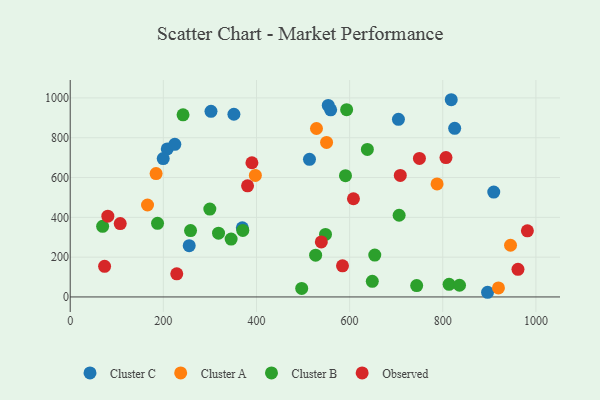
{"axis": {"x": "Price", "y": "Exam Score"}, "legend": ["Cluster A", "Cluster B", "Cluster C", "Observed"], "data": [{"x": "351.5", "y": 918.1, "type": "Cluster C"}, {"x": "208.4", "y": 743.8, "type": "Cluster C"}, {"x": "825.6", "y": 847.3, "type": "Cluster C"}, {"x": "896.2", "y": 23.5, "type": "Cluster C"}, {"x": "513.8", "y": 691.6, "type": "Cluster C"}, {"x": "909.5", "y": 527.2, "type": "Cluster C"}, {"x": "704.8", "y": 892.4, "type": "Cluster C"}, {"x": "554.1", "y": 962.5, "type": "Cluster C"}, {"x": "224.6", "y": 767.0, "type": "Cluster C"}, {"x": "559.3", "y": 940.4, "type": "Cluster C"}, {"x": "255.5", "y": 257.5, "type": "Cluster C"}, {"x": "199.7", "y": 695.4, "type": "Cluster C"}, {"x": "302.3", "y": 932.7, "type": "Cluster C"}, {"x": "818.2", "y": 991.0, "type": "Cluster C"}, {"x": "369.6", "y": 347.1, "type": "Cluster C"}, {"x": "528.8", "y": 846.4, "type": "Cluster A"}, {"x": "166.0", "y": 462.0, "type": "Cluster A"}, {"x": "945.5", "y": 259.9, "type": "Cluster A"}, {"x": "184.4", "y": 619.7, "type": "Cluster A"}, {"x": "919.6", "y": 45.5, "type": "Cluster A"}, {"x": "787.8", "y": 568.1, "type": "Cluster A"}, {"x": "397.6", "y": 610.4, "type": "Cluster A"}, {"x": "550.5", "y": 776.6, "type": "Cluster A"}, {"x": "527.0", "y": 210.1, "type": "Cluster B"}, {"x": "591.1", "y": 609.5, "type": "Cluster B"}, {"x": "187.5", "y": 370.0, "type": "Cluster B"}, {"x": "813.6", "y": 63.5, "type": "Cluster B"}, {"x": "638.1", "y": 741.1, "type": "Cluster B"}, {"x": "69.6", "y": 355.1, "type": "Cluster B"}, {"x": "548.2", "y": 314.4, "type": "Cluster B"}, {"x": "497.1", "y": 43.0, "type": "Cluster B"}, {"x": "654.0", "y": 210.2, "type": "Cluster B"}, {"x": "345.5", "y": 290.8, "type": "Cluster B"}, {"x": "299.8", "y": 441.8, "type": "Cluster B"}, {"x": "258.4", "y": 333.6, "type": "Cluster B"}, {"x": "318.5", "y": 320.6, "type": "Cluster B"}, {"x": "744.0", "y": 57.4, "type": "Cluster B"}, {"x": "593.6", "y": 941.2, "type": "Cluster B"}, {"x": "242.3", "y": 915.1, "type": "Cluster B"}, {"x": "836.0", "y": 58.9, "type": "Cluster B"}, {"x": "370.6", "y": 334.3, "type": "Cluster B"}, {"x": "706.3", "y": 410.4, "type": "Cluster B"}, {"x": "648.7", "y": 78.5, "type": "Cluster B"}, {"x": "584.7", "y": 156.3, "type": "Observed"}, {"x": "708.8", "y": 610.8, "type": "Observed"}, {"x": "981.7", "y": 332.5, "type": "Observed"}, {"x": "749.9", "y": 696.3, "type": "Observed"}, {"x": "73.8", "y": 153.8, "type": "Observed"}, {"x": "539.2", "y": 276.6, "type": "Observed"}, {"x": "380.8", "y": 558.3, "type": "Observed"}, {"x": "961.5", "y": 138.7, "type": "Observed"}, {"x": "228.8", "y": 116.4, "type": "Observed"}, {"x": "608.2", "y": 493.5, "type": "Observed"}, {"x": "390.2", "y": 674.2, "type": "Observed"}, {"x": "107.4", "y": 368.9, "type": "Observed"}, {"x": "806.9", "y": 700.1, "type": "Observed"}, {"x": "80.8", "y": 406.1, "type": "Observed"}]}